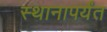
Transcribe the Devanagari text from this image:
स्थानापर्यंत